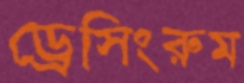
ড্রেসিংরুম